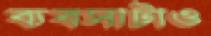
ব্যবসাটাও